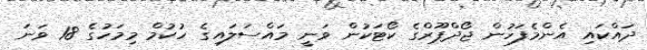
ދައްކައި އެންމެފަހުން ޖޯދްޕޫރްގެ ކޯޓަކުން ވަނީ މައްސަލައިގެ ހުކުމް މިމަހުގެ 18 ވަނަ